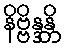
နိဗ္ဗိန္ဒန္တိ